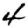
Digit: 4